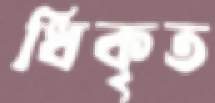
ধিকৃত